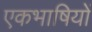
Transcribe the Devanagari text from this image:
एकभाषियों